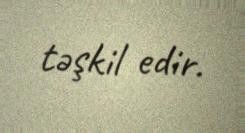
təşkil edir.